Report of the Indian Hemp Drugs Commission, 1894-1895 - Volume I
Year: 1894
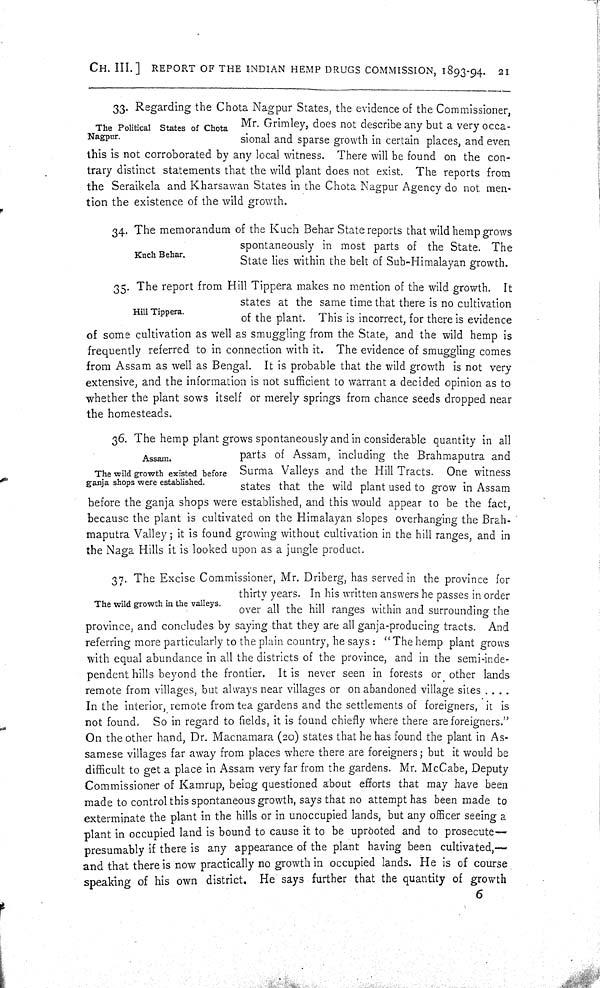
CH. III.] REPORT OF THE INDIAN HEMP DRUGS COMMISSION, 1893-94. 21
The Political States of Chota
Nagpur.
33. Regarding the Chota Nagpur States, the evidence of the Commissioner,
Mr. Grimley, does not describe any but a very occa-
sional and sparse growth in certain places, and even
this is not corroborated by any local witness. There will be found on the con-
trary distinct statements that the wild plant does not exist. The reports from
the Seraikela and Kharsawan States in the Chota Nagpur Agency do not men-
tion the existence of the wild growth.
Kuch Behar.
34. The memorandum of the Kuch Behar State reports that wild hemp grows
spontaneously in most parts of the State. The
State lies within the belt of Sub-Himalayan growth.
Hill Tippera.
35. The report from Hill Tippera makes no mention of the wild growth. It
states at the same time that there is no cultivation
of the plant. This is incorrect, for there is evidence
of some cultivation as well as smuggling from the State, and the wild hemp is
frequently referred to in connection with it. The evidence of smuggling comes
from Assam as well as Bengal. It is probable that the wild growth is not very
extensive, and the information is not sufficient to warrant a decided opinion as to
whether the plant sows itself or merely springs from chance seeds dropped near
the homesteads.
Assam.
The wild growth existed before
ganja shops were established.
36. The hemp plant grows spontaneously and in considerable quantity in all
parts of Assam, including the Brahmaputra and
Surma Valleys and the Hill Tracts. One witness
states that the wild plant used to grow in Assam
before the ganja shops were established, and this would appear to be the fact,
because the plant is cultivated on the Himalayan slopes overhanging the Brah-
maputra Valley; it is found growing without cultivation in the hill ranges, and in
the Naga Hills it is looked upon as a jungle product.
The wild growth in the valleys.
37. The Excise Commissioner, Mr. Driberg, has served in the province for
thirty years. In his written answers he passes in order
over all the hill ranges within and surrounding the
province, and concludes by saying that they are all ganja-producing tracts. And
referring more particularly to the plain country, he says: "The hemp plant grows
with equal abundance in all the districts of the province, and in the semi-inde-
pendent hills beyond the frontier. It is never seen in forests or other lands
remote from villages, but always near villages or on abandoned village sites . . . .
In the interior, remote from tea gardens and the settlements of foreigners, it is
not found. So in regard to fields, it is found chiefly where there are foreigners."
On the other hand, Dr. Macnamara (20) states that he has found the plant in As-
samese villages far away from places where there are foreigners; but it would be
difficult to get a place in Assam very far from the gardens. Mr. McCabe, Deputy
Commissioner of Kamrup, being questioned about efforts that may have been
made to control this spontaneous growth, says that no attempt has been made to
exterminate the plant in the hills or in unoccupied lands, but any officer seeing a
plant in occupied land is bound to cause it to be uprooted and to prosecute—
presumably if there is any appearance of the plant having been cultivated,—
and that there is now practically no growth in occupied lands. He is of course
speaking of his own district. He says further that the quantity of growth
6